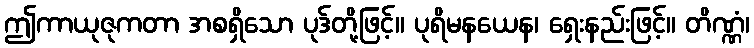
ဤကာယုဇုကတာ အစရှိသော ပုဒ်တို့ဖြင့်။ ပုရိမနယေန၊ ရှေးနည်းဖြင့်။ တိဏ္ဏံ၊